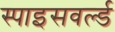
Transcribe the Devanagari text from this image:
स्पाइसवर्ल्ड